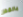
بالقفز